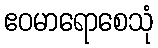
ဧဝမာရောစေသုံ